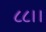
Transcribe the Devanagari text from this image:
८८।।